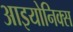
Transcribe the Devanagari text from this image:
आइयोनिक्स